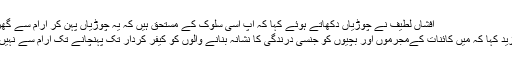
افشاں لطیف نے چوڑیاں دکھاتے ہوئے کہا کہ آپ اسی سلوک کے مستحق ہیں کہ یہ چوڑیاں پہن کر آرام سے گھر بیٹھ جائیں
انہوں نے مزید کہا کہ میں کائنات کےمجرموں اور بچیوں کو جنسی درندگی کا نشانہ بنانے والوں کو کیفرِ کردار تک پہنچانے تک آرام سے نہیں بیٹھوں گی۔